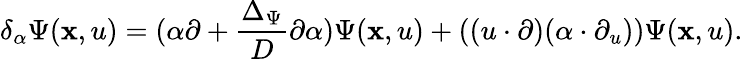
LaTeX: \delta_{\alpha}\Psi(\mathbf{x},u)=(\alpha\partial+\frac{{\Delta_{\Psi}}}{{D}}\partial\alpha)\Psi(\mathbf{x},u)+((u\cdot\partial)(\alpha\cdot\partial_{u}))\Psi(\mathbf{x},u).